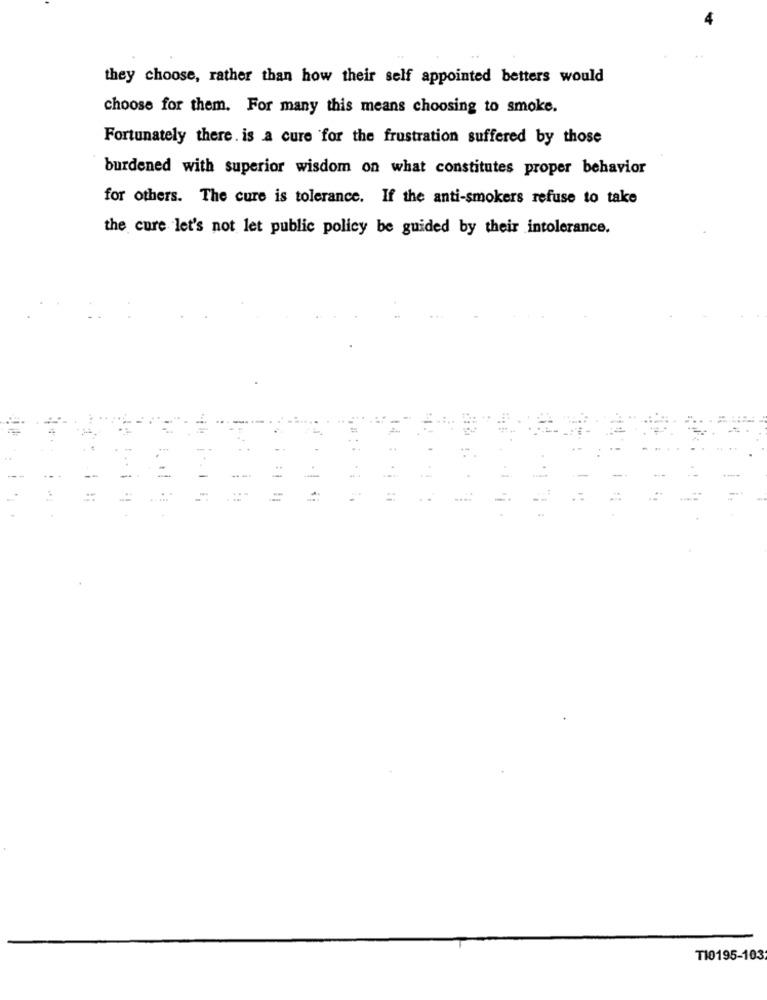
they choose, rather than how their self appointed betters would
choose for them. For many this means choosing to smoke.
Fortunately there. is a cure for the frustration suffered by those
burdened with superior wisdom on what constitutes proper behavior
for others. The cure is tolerance. If the anti-smokers refuse to take
the cure let's not let public policy be guided by their intolerance.
=
11
T10195-103